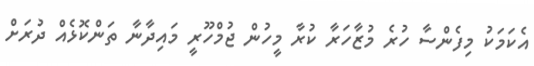
އެކަމަކު މިފެންސާ ހުރެ މުޒާހަރާ ކުރާ މީހުން ޖުމްހޫރީ މައިދާނާ ތަންކޮޅެއް ދުރަށް